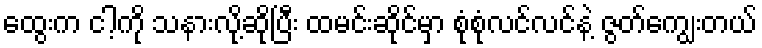
ထွေးက ငါ့ကို သနားလို့ဆိုပြီး ထမင်းဆိုင်မှာ စုံစုံလင်လင်နဲ့ ဇွတ်ကျွေးတယ်